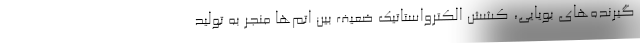
گیرنده‌های بویایی، کشش الکترواستاتیک ضعیف بین اتم‌ها منجر به تولید